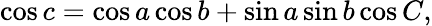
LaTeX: \cos c=\cos a\cos b+\sin a\sin b\cos C,